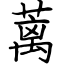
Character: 蓠